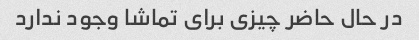
در حال حاضر چیزی برای تماشا وجود ندارد